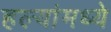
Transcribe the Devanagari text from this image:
हल्यांमध्ये